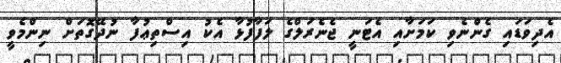
އެދިވަޑައި ގެންނެވި ކަމަށާއި އެޓަނީ ޖެނެރަލްގެ ލަފާފުޅާ އެކު އިސްތިޢުފާ ނުދޭގޮތަށް ނިންމެވީ